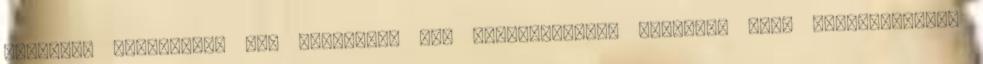
ugyanezt cselekedte egy láthatóan MÁS beállítotságú magyarul BUZI “fiatalember”